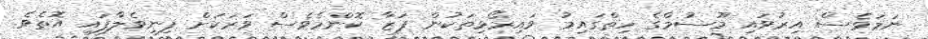
ނަމަވެސް އިރުވައި މޫސުމްގެ ހިތްގައިމު ވައިރޯޅިތަކުން ފަޒާ ކޮންމެވެސް ވަރަކަށް ފިނިވެލާފައި އޮތެވެ.